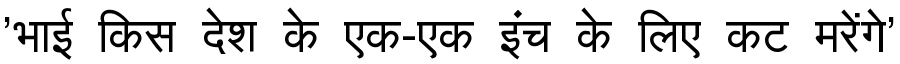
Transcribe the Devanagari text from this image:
'भाई किस देश के एक-एक इंच के लिए कट मरेंगे'